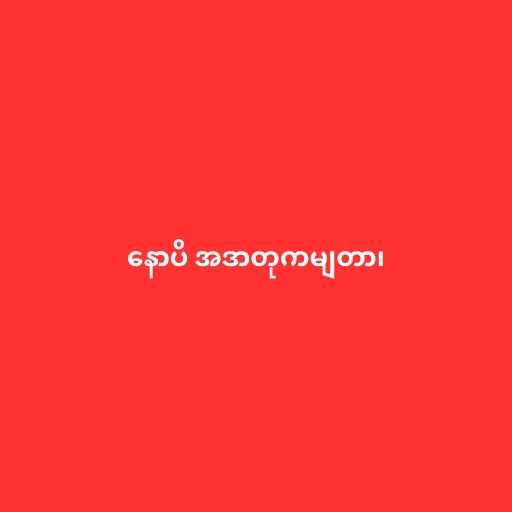
နောပိ အဒာတုကမျတာ၊